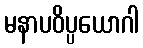
မနာပဝိပ္ပယောဂါ